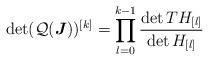
LaTeX: \begin{align*}\det (\mathcal Q (\boldsymbol J))^{[k]}=\prod_{l=0}^{k-1}\frac{\det TH_{[l]}}{\det H_{[l]}}\end{align*}